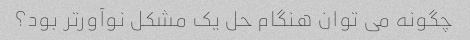
چگونه می توان هنگام حل یک مشکل نوآورتر بود؟